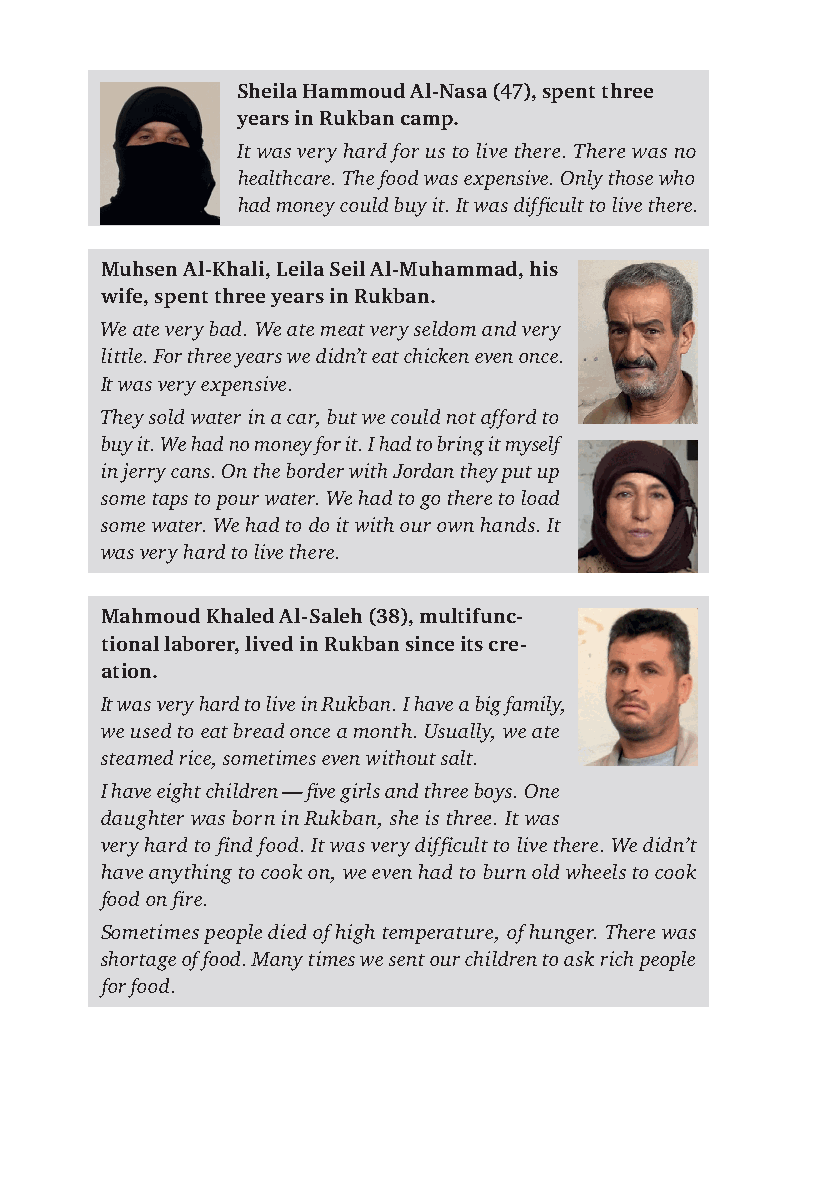
Sheila Hammoud Al-Nasa (47), spent three
 years in Rukban camp.
 It was very hard for us to live there. There was no
 healthcare. The food was expensive. Only those who
 had money could buy it. It was diffi cult to live there.
 Muhsen Al-Khali, Leila Seil Al-Muhammad, his
 wife, spent three years in Rukban.
 We ate very bad. We ate meat very seldom and very
 little. For three years we didn’t eat chicken even once.
 It was very expensive.
 They sold water in a car, but we could not afford to
 buy it. We had no money for it. I had to bring it myself
 in jerry cans. On the border with Jordan they put up
 some taps to pour water. We had to go there to load
 some water. We had to do it with our own hands. It
 was very hard to live there.
 Mahmoud Khaled Al-Saleh (38), multifunc-
 tional laborer, lived in Rukban since its cre-
 ation.
 It was very hard to live in Rukban. I have a big family,
 we used to eat bread once a month. Usually, we ate
 steamed rice, sometimes even without salt.
 I have eight children — fi ve girls and three boys. One
 daughter was born in Rukban, she is three. It was
 very hard to fi nd food. It was very diffi cult to live there. We didn’t
 have anything to cook on, we even had to burn old wheels to cook
 food on fi re.
 Sometimes people died of high temperature, of hunger. There was
 shortage of food. Many times we sent our children to ask rich people
 for food.